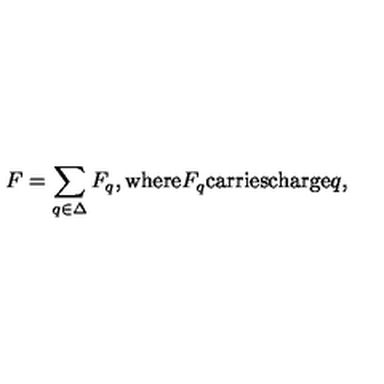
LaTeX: F = \sum _ { q \in \Delta } F _ { q } \mathrm { , w h e r e } F _ { q } \mathrm { c a r r i e s c h a r g e } q ,